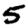
Digit: 5